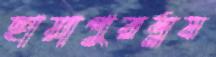
ছায়াপুরম্নষ